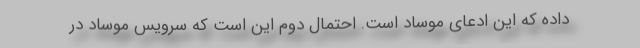
داده که این ادعای موساد است. احتمال دوم این است که سرویس موساد در